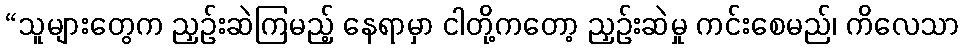
“သူများတွေက ညှဉ်းဆဲကြမည့် နေရာမှာ ငါတို့ကတော့ ညှဉ်းဆဲမှု ကင်းစေမည်၊ ကိလေသာ